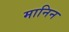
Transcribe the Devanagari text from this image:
मानिन